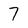
Character: 7